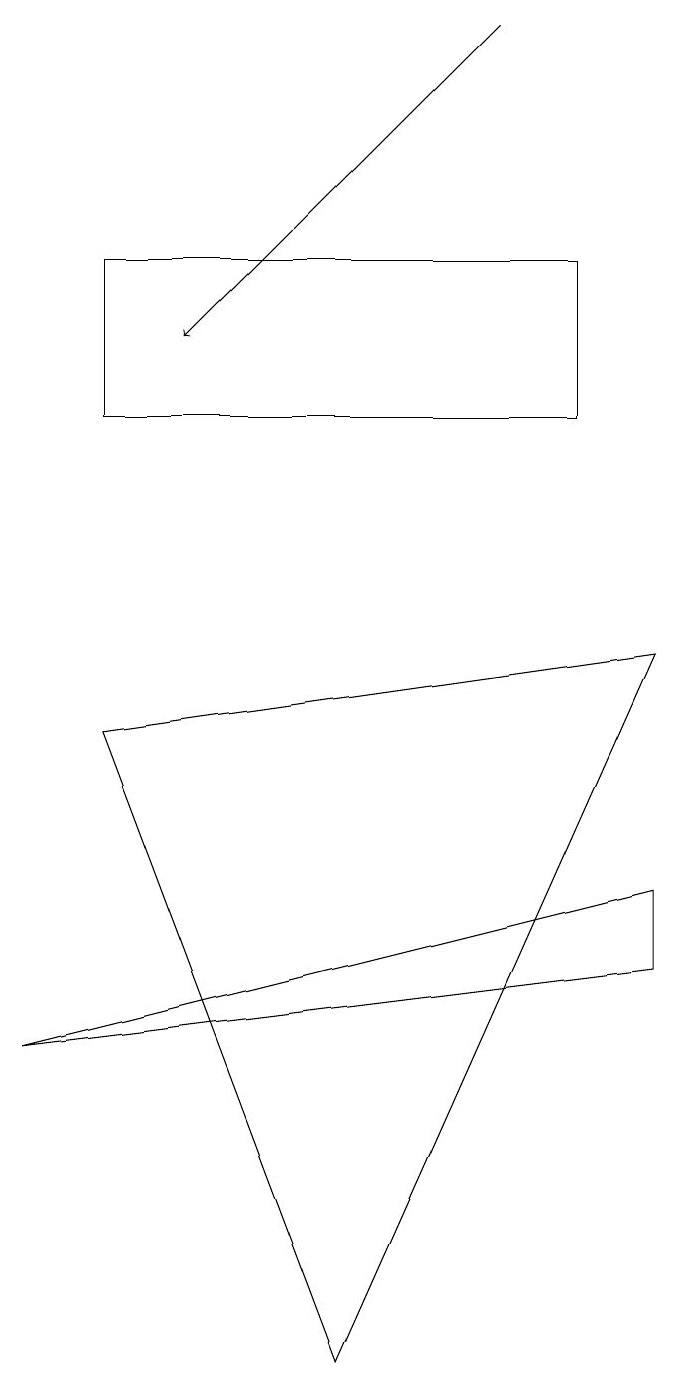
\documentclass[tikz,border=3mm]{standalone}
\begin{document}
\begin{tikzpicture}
\draw[->] (7,17) -- (3,13);
\draw (2,8) -- (5,0) -- (9,9) -- cycle;
\draw (9,6) -- (9,5) -- (1,4) -- cycle;
\draw (8,14) rectangle (2,12);
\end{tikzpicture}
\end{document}